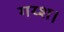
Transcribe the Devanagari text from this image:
गय्श।